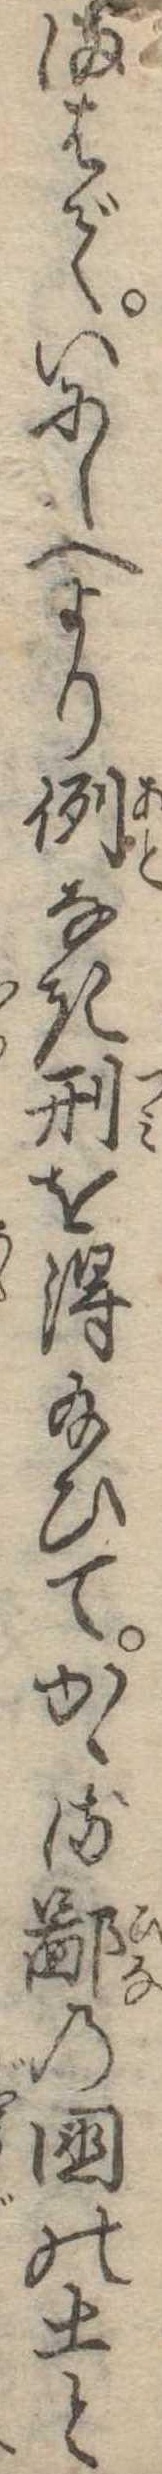
まはでいにしへより例なき刑を得給ひてかゝる鄙の国の土と